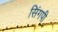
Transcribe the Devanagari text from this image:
सिंगपी